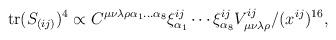
LaTeX: \begin{align*}{\rm tr} (S_{(ij)}) ^4 \propto C^{\mu \nu \lambda \rho \alpha_1 ...\alpha_8}\xi^{ij}_{\alpha_1} \cdots \xi^{ij}_{\alpha_8}V^{ij}_{\mu \nu \lambda \rho}/(x^{ij})^{16},\end{align*}